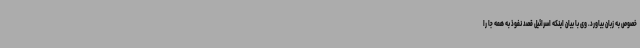
خصوص به زبان بیاورد. وی با بیان اینکه اسرائیل قصد نفوذ به همه جا را